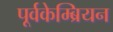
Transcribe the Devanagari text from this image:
पूर्वकेम्ब्रियन